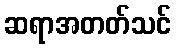
ဆရာအတတ်သင်